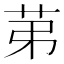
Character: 苐